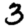
Digit: 3